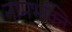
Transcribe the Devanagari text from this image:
नामभक्ति